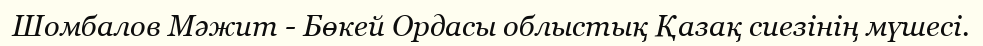
Шомбалов Мәжит - Бөкей Ордасы облыстық Қазақ сиезінің мүшесі.